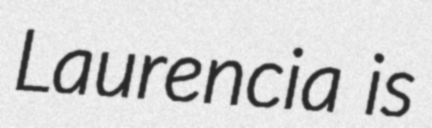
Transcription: Laurencia is